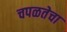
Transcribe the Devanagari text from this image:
चपळतेचा